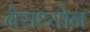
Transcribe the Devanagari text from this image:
बेराथ्योन